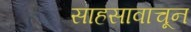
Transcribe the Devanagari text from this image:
साहसावाचून